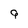
Character: g